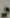
ج